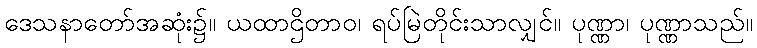
ဒေသနာတော်အဆုံး၌။ ယထာဌိတာဝ၊ ရပ်မြဲတိုင်းသာလျှင်။ ပုဏ္ဏာ၊ ပုဏ္ဏာသည်။